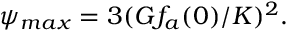
\psi _ { m a x } = 3 ( G f _ { a } ( 0 ) / K ) ^ { 2 } .